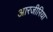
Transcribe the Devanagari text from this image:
आरजीरिया